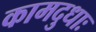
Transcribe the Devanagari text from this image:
कामदुधाः